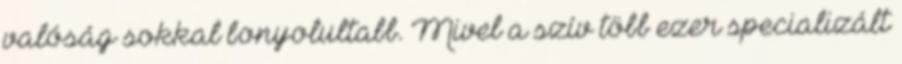
valóság sokkal bonyolultabb. Mivel a szív több ezer specializált